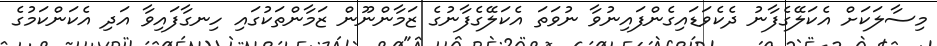
މިސާލަކަށް އެކަލޭގެފާނު ދެކެވަޑައިގެންފައިނުވާ ނުވަތަ އެކަލޭގެފާނުގެ ޒަމާންނޫން ޒަމާންތަކުގައި ހިނގާފައިވާ އަދި އެކަންކަމުގެ